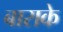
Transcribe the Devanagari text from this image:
बाराके